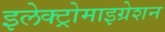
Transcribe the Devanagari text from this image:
इलेक्ट्रोमाइग्रेशन